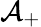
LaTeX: \mathcal{A}_{+}